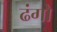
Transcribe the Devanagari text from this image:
ढंगो